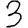
Digit: 3